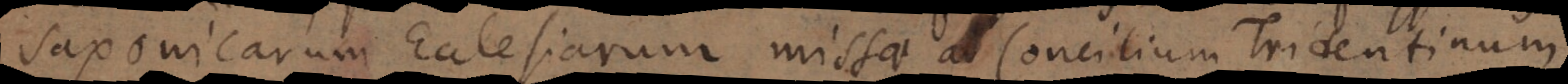
Saxonicarum Ecclesiarum missae ad Concilium Tridentinum